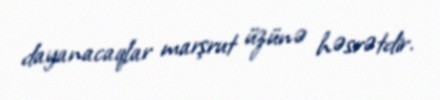
dayanacaqlar marşrut üzünə həsrətdir.